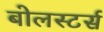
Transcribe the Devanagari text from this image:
बोलस्टर्स